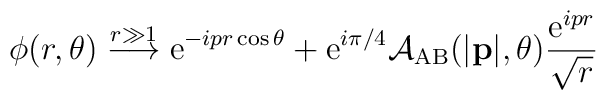
\phi (r,\theta )\stackrel{r\gg 1}{\longrightarrow }{\rm e}^{-ipr\cos \theta}+{\rm e}^{i\pi /4}{\cal A}_{{\rm AB}}(|{\bf p}|,\theta )\frac{{\rm e}^{ipr} }{\sqrt{r}}